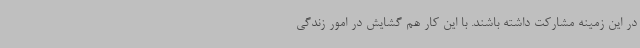
در این زمینه مشارکت داشته باشند. با این کار هم گشایش در امور زندگی